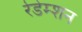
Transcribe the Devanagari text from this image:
रेडेम्शन